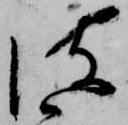
彼